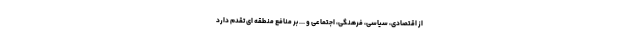
از اقتصادی، سیاسی، فرهنگی، اجتماعی و ... بر منافع منطقه ای تقدم دارد